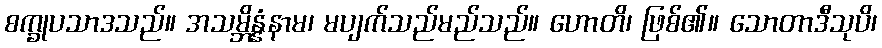
စက္ခုပသာဒသည်။ အသမ္ဘိန္နံနာမ၊ မပျက်သည်မည်သည်။ ဟောတိ၊ ဖြစ်၏။ သောတာဒီသုပိ၊